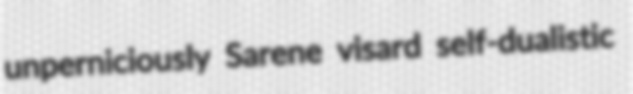
unperniciously Sarene visard self-dualistic